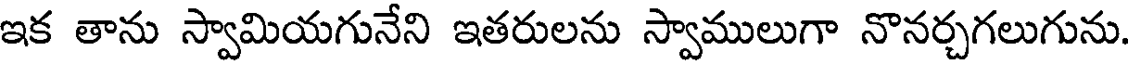
ఇక తాను స్వామియగునేని ఇతరులను స్వాములుగా నొనర్చగలుగును.